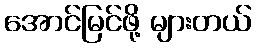
အောင်မြင်ဖို့ များတယ်